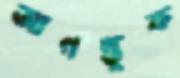
আগন্তুক